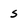
Character: s